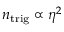
n _ { \mathrm { t r i g } } \propto \eta ^ { 2 }